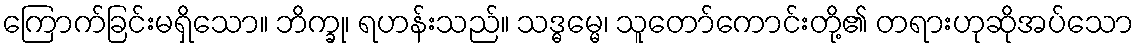
ကြောက်ခြင်းမရှိသော။ ဘိက္ခု၊ ရဟန်းသည်။ သဒ္ဓမ္မေ၊ သူတော်ကောင်းတို့၏ တရားဟုဆိုအပ်သော